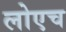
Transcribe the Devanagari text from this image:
लोएच